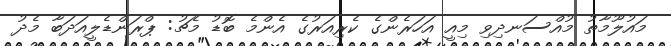
މައުލޫމާތު މުއްސަނދިވި މިއީ އަހަރެންގެ ކެރިއަރުގެ އެންމެ ބޮޑު މެޗު: ޕްރަންޑެލީއަދަބާ މެދު